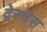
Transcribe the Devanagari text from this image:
द्वेस्चेस